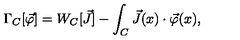
\Gamma _ { C } [ \vec { \varphi } ] = W _ { C } [ \vec { J } ] - \int _ { C } \vec { J } ( x ) \cdot \vec { \varphi } ( x ) ,